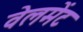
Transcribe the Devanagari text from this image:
वेलमेंट